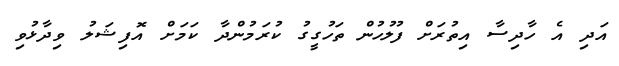
އަދި އެ ހާދިސާ އިތުރަށް ފުލުހުން ތަހުގީގު ކުރަމުންދާ ކަމަށް އޮފިޝަލު ވިދާޅުވި